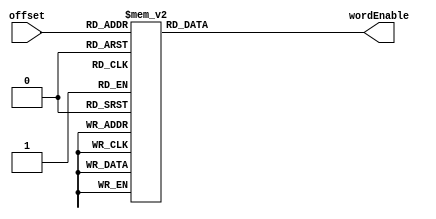
module wordEnable(offset, wordEnable);
	input [2:0] offset;
	output reg [7:0] wordEnable;
	
	always @(offset) begin
		case (offset)
			3'b000: wordEnable = 8'b00000001;
			3'b001: wordEnable = 8'b00000010;
			3'b010: wordEnable = 8'b00000100;
			3'b011: wordEnable = 8'b00001000;
			3'b100: wordEnable = 8'b00010000;
			3'b101: wordEnable = 8'b00100000;
			3'b110: wordEnable = 8'b01000000;
			3'b111: wordEnable = 8'b10000000;
			default: wordEnable = 8'h00;
		endcase
	end
	
endmodule